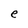
Character: e